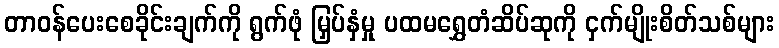
တာဝန်ပေးစေခိုင်းချက်ကို ရွက်ဖုံ မြှပ်နှံမှု ပထမရွှေတံဆိပ်ဆုကို ငှက်မျိုးစိတ်သစ်များ